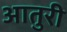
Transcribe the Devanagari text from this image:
आतुरी